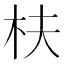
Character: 枎